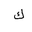
Letter: _kaf